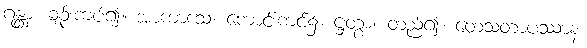
ဂန္တွာ၊ ချဉ်းကပ်၍။ အာကာသေ၊ ကောင်းကင်၌။ ဋ္ဌတွာ၊ တည်၍။ တေသံတာပဿာနံ၊